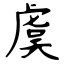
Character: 虞